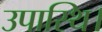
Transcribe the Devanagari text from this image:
उपास्थि।